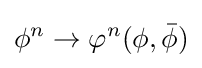
\phi ^{n}\rightarrow \varphi ^{n}(\phi ,{\bar {\phi }})